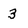
Character: 3